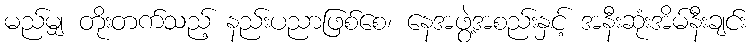
မည်မျှ တိုးတက်သည့် နည်းပညာဖြစ်စေ၊ နေအဖွဲ့အစည်းနှင့် အနီးဆုံးအိမ်နီးချင်း